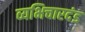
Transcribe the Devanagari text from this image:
व्यभिचारदंड